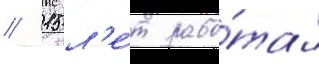
// 15 л'е́т рабо́тал